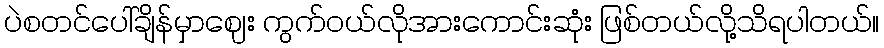
ပဲစတင်ပေါ်ချိန်မှာဈေး ကွက်ဝယ်လိုအားကောင်းဆုံး ဖြစ်တယ်လို့သိရပါတယ်။